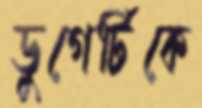
ডুগের্টিকে